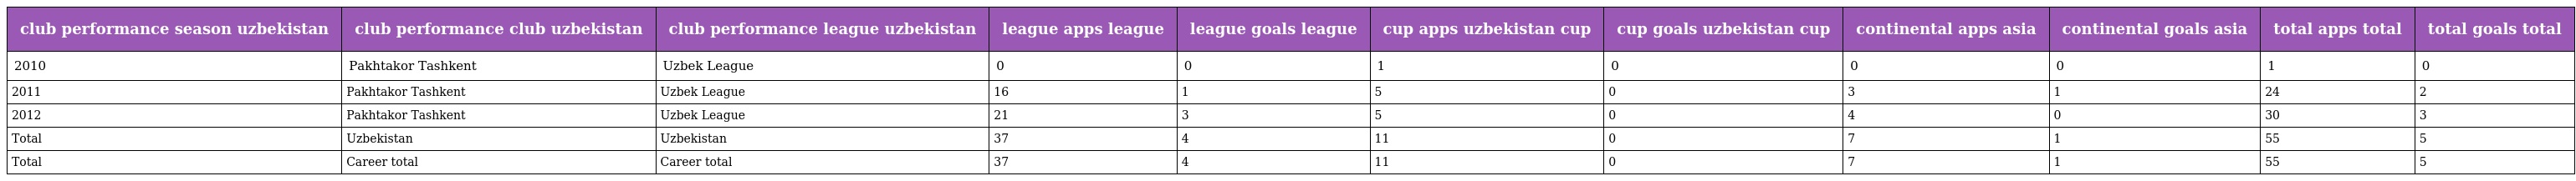
| club performance season uzbekistan | club performance club uzbekistan | club performance league uzbekistan | league apps league | league goals league | cup apps uzbekistan cup | cup goals uzbekistan cup | continental apps asia | continental goals asia | total apps total | total goals total |
 | --- | --- | --- | --- | --- | --- | --- | --- | --- | --- | --- |
 | 2010 | Pakhtakor Tashkent | Uzbek League | 0 | 0 | 1 | 0 | 0 | 0 | 1 | 0 |
 | 2011 | Pakhtakor Tashkent | Uzbek League | 16 | 1 | 5 | 0 | 3 | 1 | 24 | 2 |
 | 2012 | Pakhtakor Tashkent | Uzbek League | 21 | 3 | 5 | 0 | 4 | 0 | 30 | 3 |
 | Total | Uzbekistan | Uzbekistan | 37 | 4 | 11 | 0 | 7 | 1 | 55 | 5 |
 | Total | Career total | Career total | 37 | 4 | 11 | 0 | 7 | 1 | 55 | 5 |